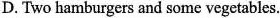
D. Two hamburgers and some vegetables.